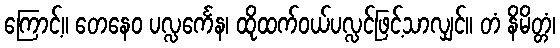
ကြောင့်။ တေနေဝ ပလ္လင်္ကေန၊ ထိုထက်ဝယ်ပလ္လင်ဖြင့်သာလျှင်။ တံ နိမိတ္တံ၊